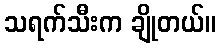
သရက်သီးက ချိုတယ်။